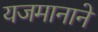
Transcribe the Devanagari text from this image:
यजमानाने